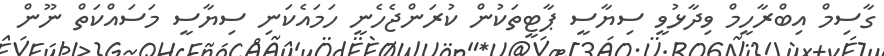
ގާސިމް އިބްރާހީމް ވިދާޅުވީ ސިޔާސީ ޕާޓީތަކުން ކުރަންޖެހެނީ ހަމައެކަނި ސިޔާސީ މަސައްކަތް ނޫން